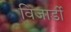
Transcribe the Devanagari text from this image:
विजार्डी